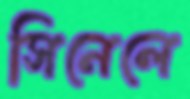
সিনেলে